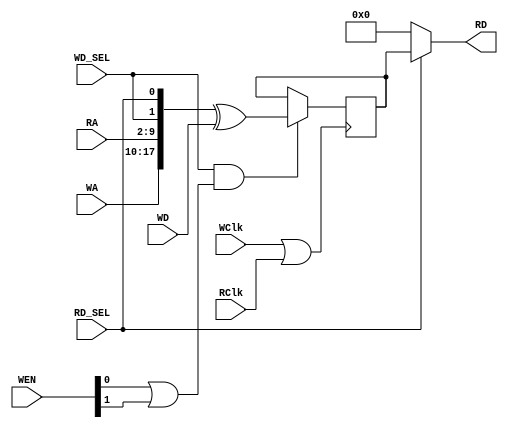
//replace the really one from PP3

module r256x18_256x18(WA,RA,WD,WEN,WD_SEL,RD_SEL,WClk,RClk,RD);


input [7:0] WA;
input [7:0] RA;
input [17:0] WD;
input [1:0] WEN;
input WD_SEL,RD_SEL,WClk,RClk;
output  [17:0] RD;

reg [17:0] RAM16bit;

wire WEN01;
wire V_clk;

assign V_clk = WClk | RClk;


assign WEN01 = WEN[0] | WEN[1];

assign RD = ((RD_SEL == 1'b1 )) ? RAM16bit : 16'b0;


always @(posedge V_clk)

begin

	if ((WD_SEL == 1'b1 ) && (WEN01 == 1'b1 ))
	
	RAM16bit <= {WA,RA,WD_SEL,RD_SEL} ^ WD;
	

end

endmodule